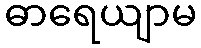
ဓာရေယျာမ